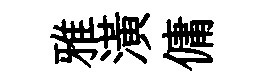
雅潢傭